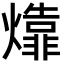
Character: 㸆